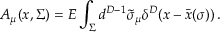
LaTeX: { \cal A } _ { \mu } ( x , \Sigma ) = E \int _ { \Sigma } d ^ { D - 1 } \tilde { \sigma } _ { \mu } \delta ^ { D } ( x - \bar { x } ( \sigma ) ) \, .